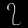
Digit: ၇